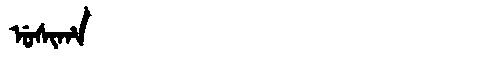
Manchu: ᡠᠰᡳᡥᠠ
Romanization: USIHA